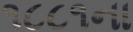
૧૮૮૧ના